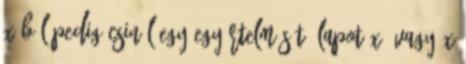
X-ből pedig csinál egy egyértelműsítő lapot X, vagy X